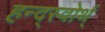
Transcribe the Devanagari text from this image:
हन्द्स्वोर्थ्